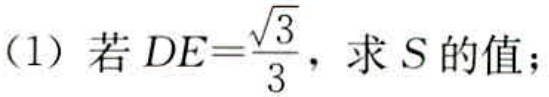
（1）若\(DE = \frac{\sqrt{3}}{3}\)，求\(S\)的值；